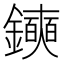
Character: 𫓛